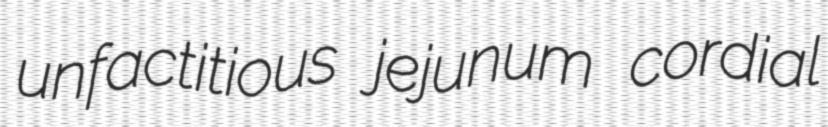
unfactitious jejunum cordial